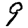
Digit: 9